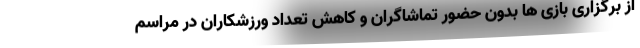
از برگزاری بازی ها بدون حضور تماشاگران و کاهش تعداد ورزشکاران در مراسم